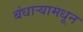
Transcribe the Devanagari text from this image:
बंधार्‍यामधून